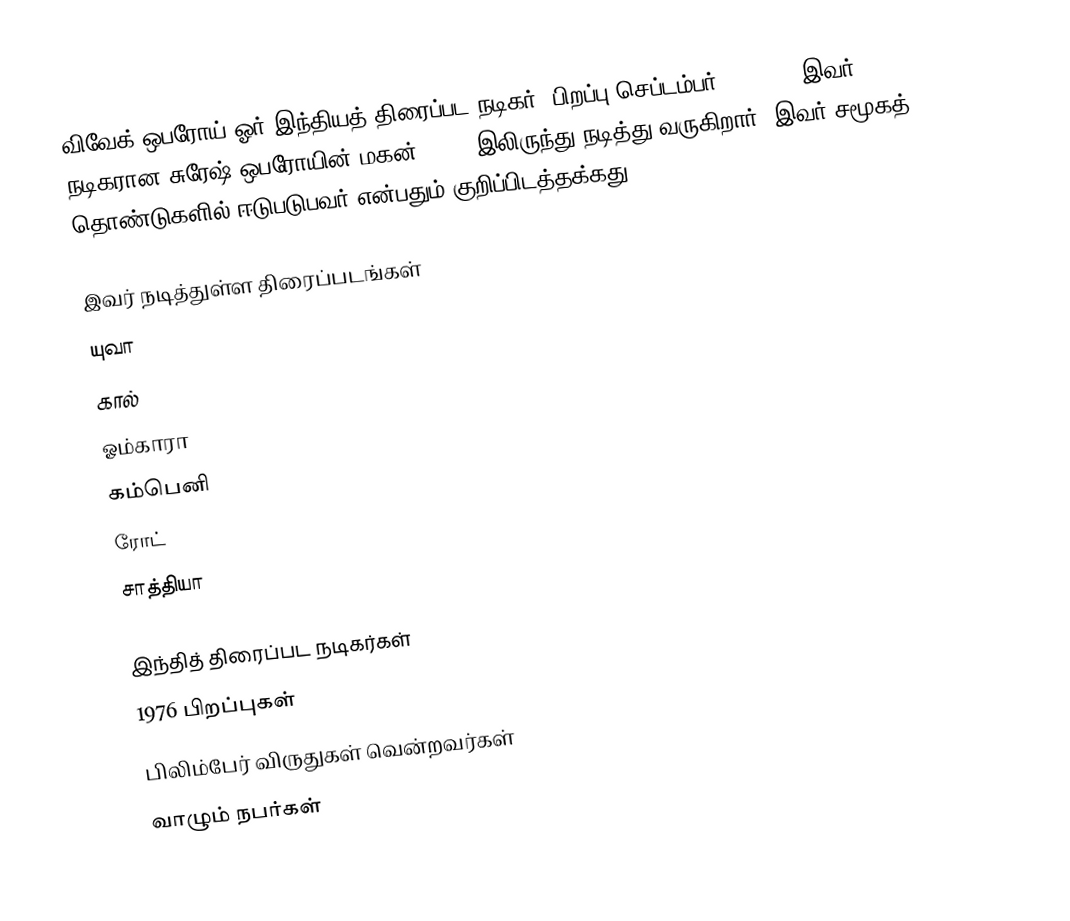
விவேக் ஒபரோய் ஓர் இந்தியத் திரைப்பட நடிகர். பிறப்பு செப்டம்பர் 3, 1976. இவர் நடிகரான சுரேஷ் ஒபரோயின் மகன். 2002 இலிருந்து நடித்து வருகிறார். இவர் சமூகத் தொண்டுகளில் ஈடுபடுபவர் என்பதும் குறிப்பிடத்தக்கது.

இவர் நடித்துள்ள திரைப்படங்கள்
 யுவா
 கால்
 ஓம்காரா
 கம்பெனி
 ரோட்
 சாத்தியா

இந்தித் திரைப்பட நடிகர்கள்
1976 பிறப்புகள்
பிலிம்பேர் விருதுகள் வென்றவர்கள்
வாழும் நபர்கள்